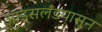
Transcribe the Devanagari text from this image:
आइसलँडपासून